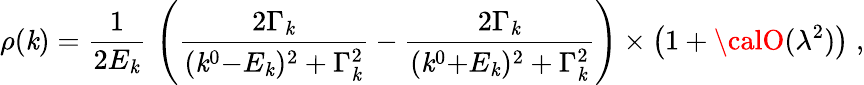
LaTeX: \rho(\mathit{k})={\frac{{1}}{{2E_{\mathit{k}}}}}\, \left({\frac{{2\Gamma_{\mathit{k}}}}{{(\mathit{k}^{0}{-}E_{\mathit{k}})^{2}+\Gamma_{\mathit{k}}^{2}}}}-{\frac{{2\Gamma_{\mathit{k}}}}{{(\mathit{k}^{0}{+}E_{\mathit{k}})^{2}+\Gamma_{\mathit{k}}^{2}}}}\right)\times\left(1+{\calO}(\lambda^{2})\right)\; ,